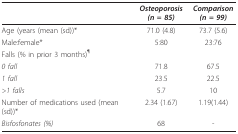
<table><thead><tr><td></td><td><b><i>Osteoporosis (n = 85)</i></b></td><td><b><i>Comparison (n = 99)</i></b></td></tr></thead><tbody><tr><td>Age (years (mean (sd))*</td><td>71.0 (4.8)</td><td>73.7 (5.6)</td></tr><tr><td>Male:female*</td><td>5:80</td><td>23:76</td></tr><tr><td>Falls (% in prior 3 months)<sup>¶</sup></td><td></td><td></td></tr><tr><td><i>0 fall</i></td><td>71.8</td><td>67.5</td></tr><tr><td><i>1 fall</i></td><td>23.5</td><td>22.5</td></tr><tr><td><i>&gt; 1 falls</i></td><td>5.7</td><td>10</td></tr><tr><td>Number of medications used (mean(sd))*</td><td>2.34 (1.67)</td><td>1.19(1.44)</td></tr><tr><td><i>Bisfosfonates (%)</i></td><td>68</td><td>-</td></tr></tbody></table>